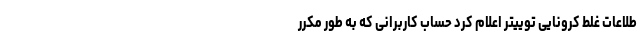
طلاعات غلط کرونایی توییتر اعلام کرد حساب کاربرانی که به طور مکرر